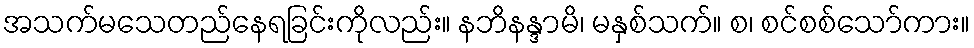
အသက်မသေတည်နေရခြင်းကိုလည်း။ နဘိနန္ဒာမိ၊ မနှစ်သက်။ စ၊ စင်စစ်သော်ကား။